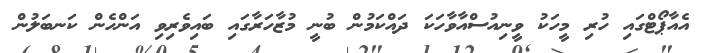
އެއާޕޯޓްގައި ހުރި މީހަކު ވީނިއުސްއާވާހަކަ ދައްކަމުން ބުނީ މުޒާހަރާގައި ބައިވެރިވި އަންހެން ކަނބަލުން